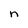
Character: n